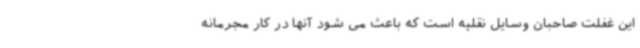
این غفلت صاحبان وسایل نقلیه است که باعث می شود آنها در کار مجرمانه